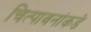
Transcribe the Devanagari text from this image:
चित्पावनांकडे